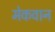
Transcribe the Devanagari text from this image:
मेकवान